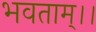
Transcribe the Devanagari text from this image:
भवताम्।।